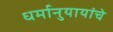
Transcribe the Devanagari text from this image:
धर्मानुयायांचे